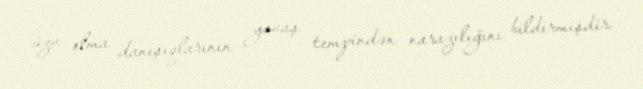
üzv olma danışıqlarının yavaş tempindən narazılığını bildirmişdir.